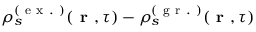
\rho _ { s } ^ { ( \mathrm { ~ e ~ x ~ . ~ } ) } ( \textbf { r } , \tau ) - \rho _ { s } ^ { ( \mathrm { ~ g ~ r ~ . ~ } ) } ( \textbf { r } , \tau )